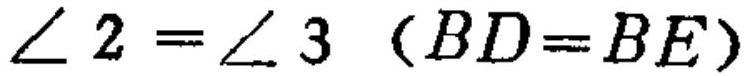
$\angle 2=\angle 3\ (BD = BE)$